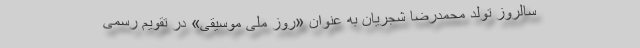
سالروز تولد محمدرضا شجریان به عنوان «روز ملی موسیقی» در تقویم رسمی